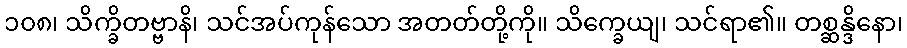
၁၀၈၊ သိက္ခိတဗ္ဗာနိ၊ သင်အပ်ကုန်သော အတတ်တို့ကို။ သိက္ခေယျ၊ သင်ရာ၏။ တစ္ဆန္ဒိနော၊